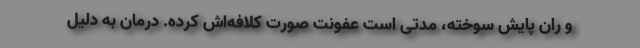
و ران پایش سوخته، مدتی است عفونت صورت کلافه‌اش کرده. درمان به دلیل